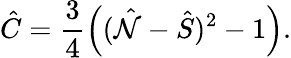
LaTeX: \hat{C}=\frac{3}{4}\left((\hat{\cal N}-\hat{S})^{2}-1\right).